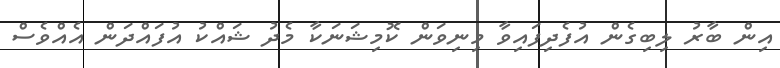
އިން ބާރު ލިބިގެން އުފެދިފައިވާ މިނިވަން ކޮމިޝަނަކާ މެދު ޝައްކު އުފައްދަން އެއްވެސް